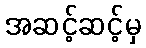
အဆင့်ဆင့်မှ